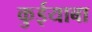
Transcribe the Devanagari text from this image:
कुईयाबा